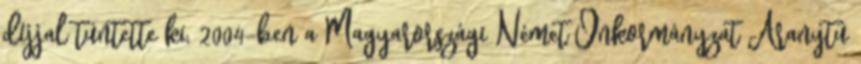
díjjal tüntette ki, 2004-ben a Magyarországi Német Önkormányzat Aranytû